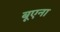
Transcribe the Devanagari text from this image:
बूएना